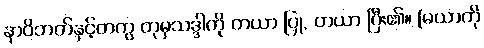
နာဝိဘတ်နှင့်တကွ တုမှသဒ္ဒါကို တယာ ပြု, တယာ ပြီး၏။ [မယာကို